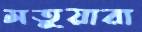
মতুয়ারা